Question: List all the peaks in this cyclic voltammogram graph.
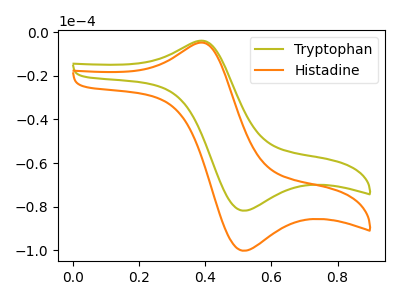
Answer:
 <answer>The olive curve "Tryptophan" has an anodic peak at (0.40V, -3.95uA) and a cathodic peak at (0.50V, -81.85uA). The orange curve "Histadine" has an anodic peak at (0.40V, -4.85uA) and a cathodic peak at (0.50V, -100.20uA).</answer>
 <eval></eval>